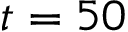
t = 5 0